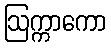
ဩက္ကာကော